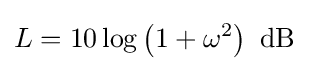
L=10\log \left({1+\omega ^{2}}\right)\ \mathrm {dB}